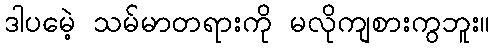
ဒါပမေဲ့ သမ်မာတရားကို မလိုကျစားကွဘူး။